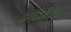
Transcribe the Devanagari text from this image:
आडविले